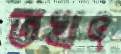
তখৎ